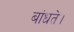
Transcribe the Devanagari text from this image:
बांधते।